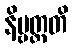
နိဗ္ဗတ္တတိ